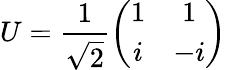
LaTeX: U=\frac{1}{\sqrt{2}}\left(\begin{array}{cc}{1}&{1}\\ {i}&{-i}\end{array}\right)